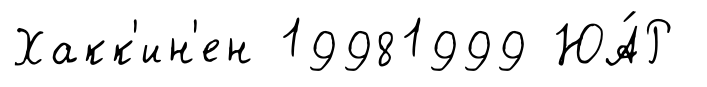
Хакк'ин'ен 19981999 ЮА́Р